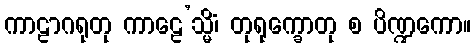
ကာဠာဂရုတု ကာဠေ’သ္မိံ၊ တုရုက္ခောတု စ ပိဏ္ဍကော။